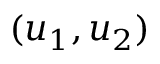
( u _ { 1 } , u _ { 2 } )